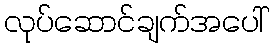
လုပ်ဆောင်ချက်အပေါ်